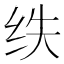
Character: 𮉢